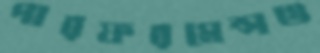
পারফরমেন্সও